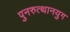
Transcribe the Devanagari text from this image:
पुनरुत्थानयुग